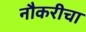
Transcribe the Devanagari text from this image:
नौकरीचा